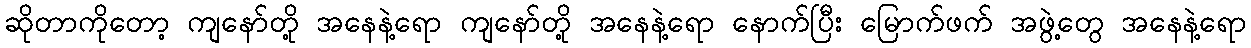
ဆိုတာကိုတော့ ကျနော်တို့ အနေနဲ့ရော ကျနော်တို့ အနေနဲ့ရော နောက်ပြီး မြောက်ဖက် အဖွဲ့တွေ အနေနဲ့ရော